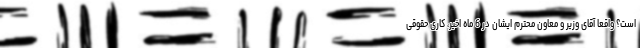
است؟ واقعاً آقای وزیر و معاون محترم ایشان در 6 ماه اخیر، کاری حقوقی